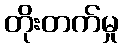
တိုးတက်မှု